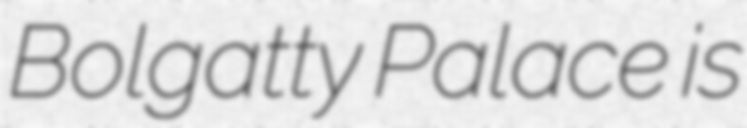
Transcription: Bolgatty Palace is